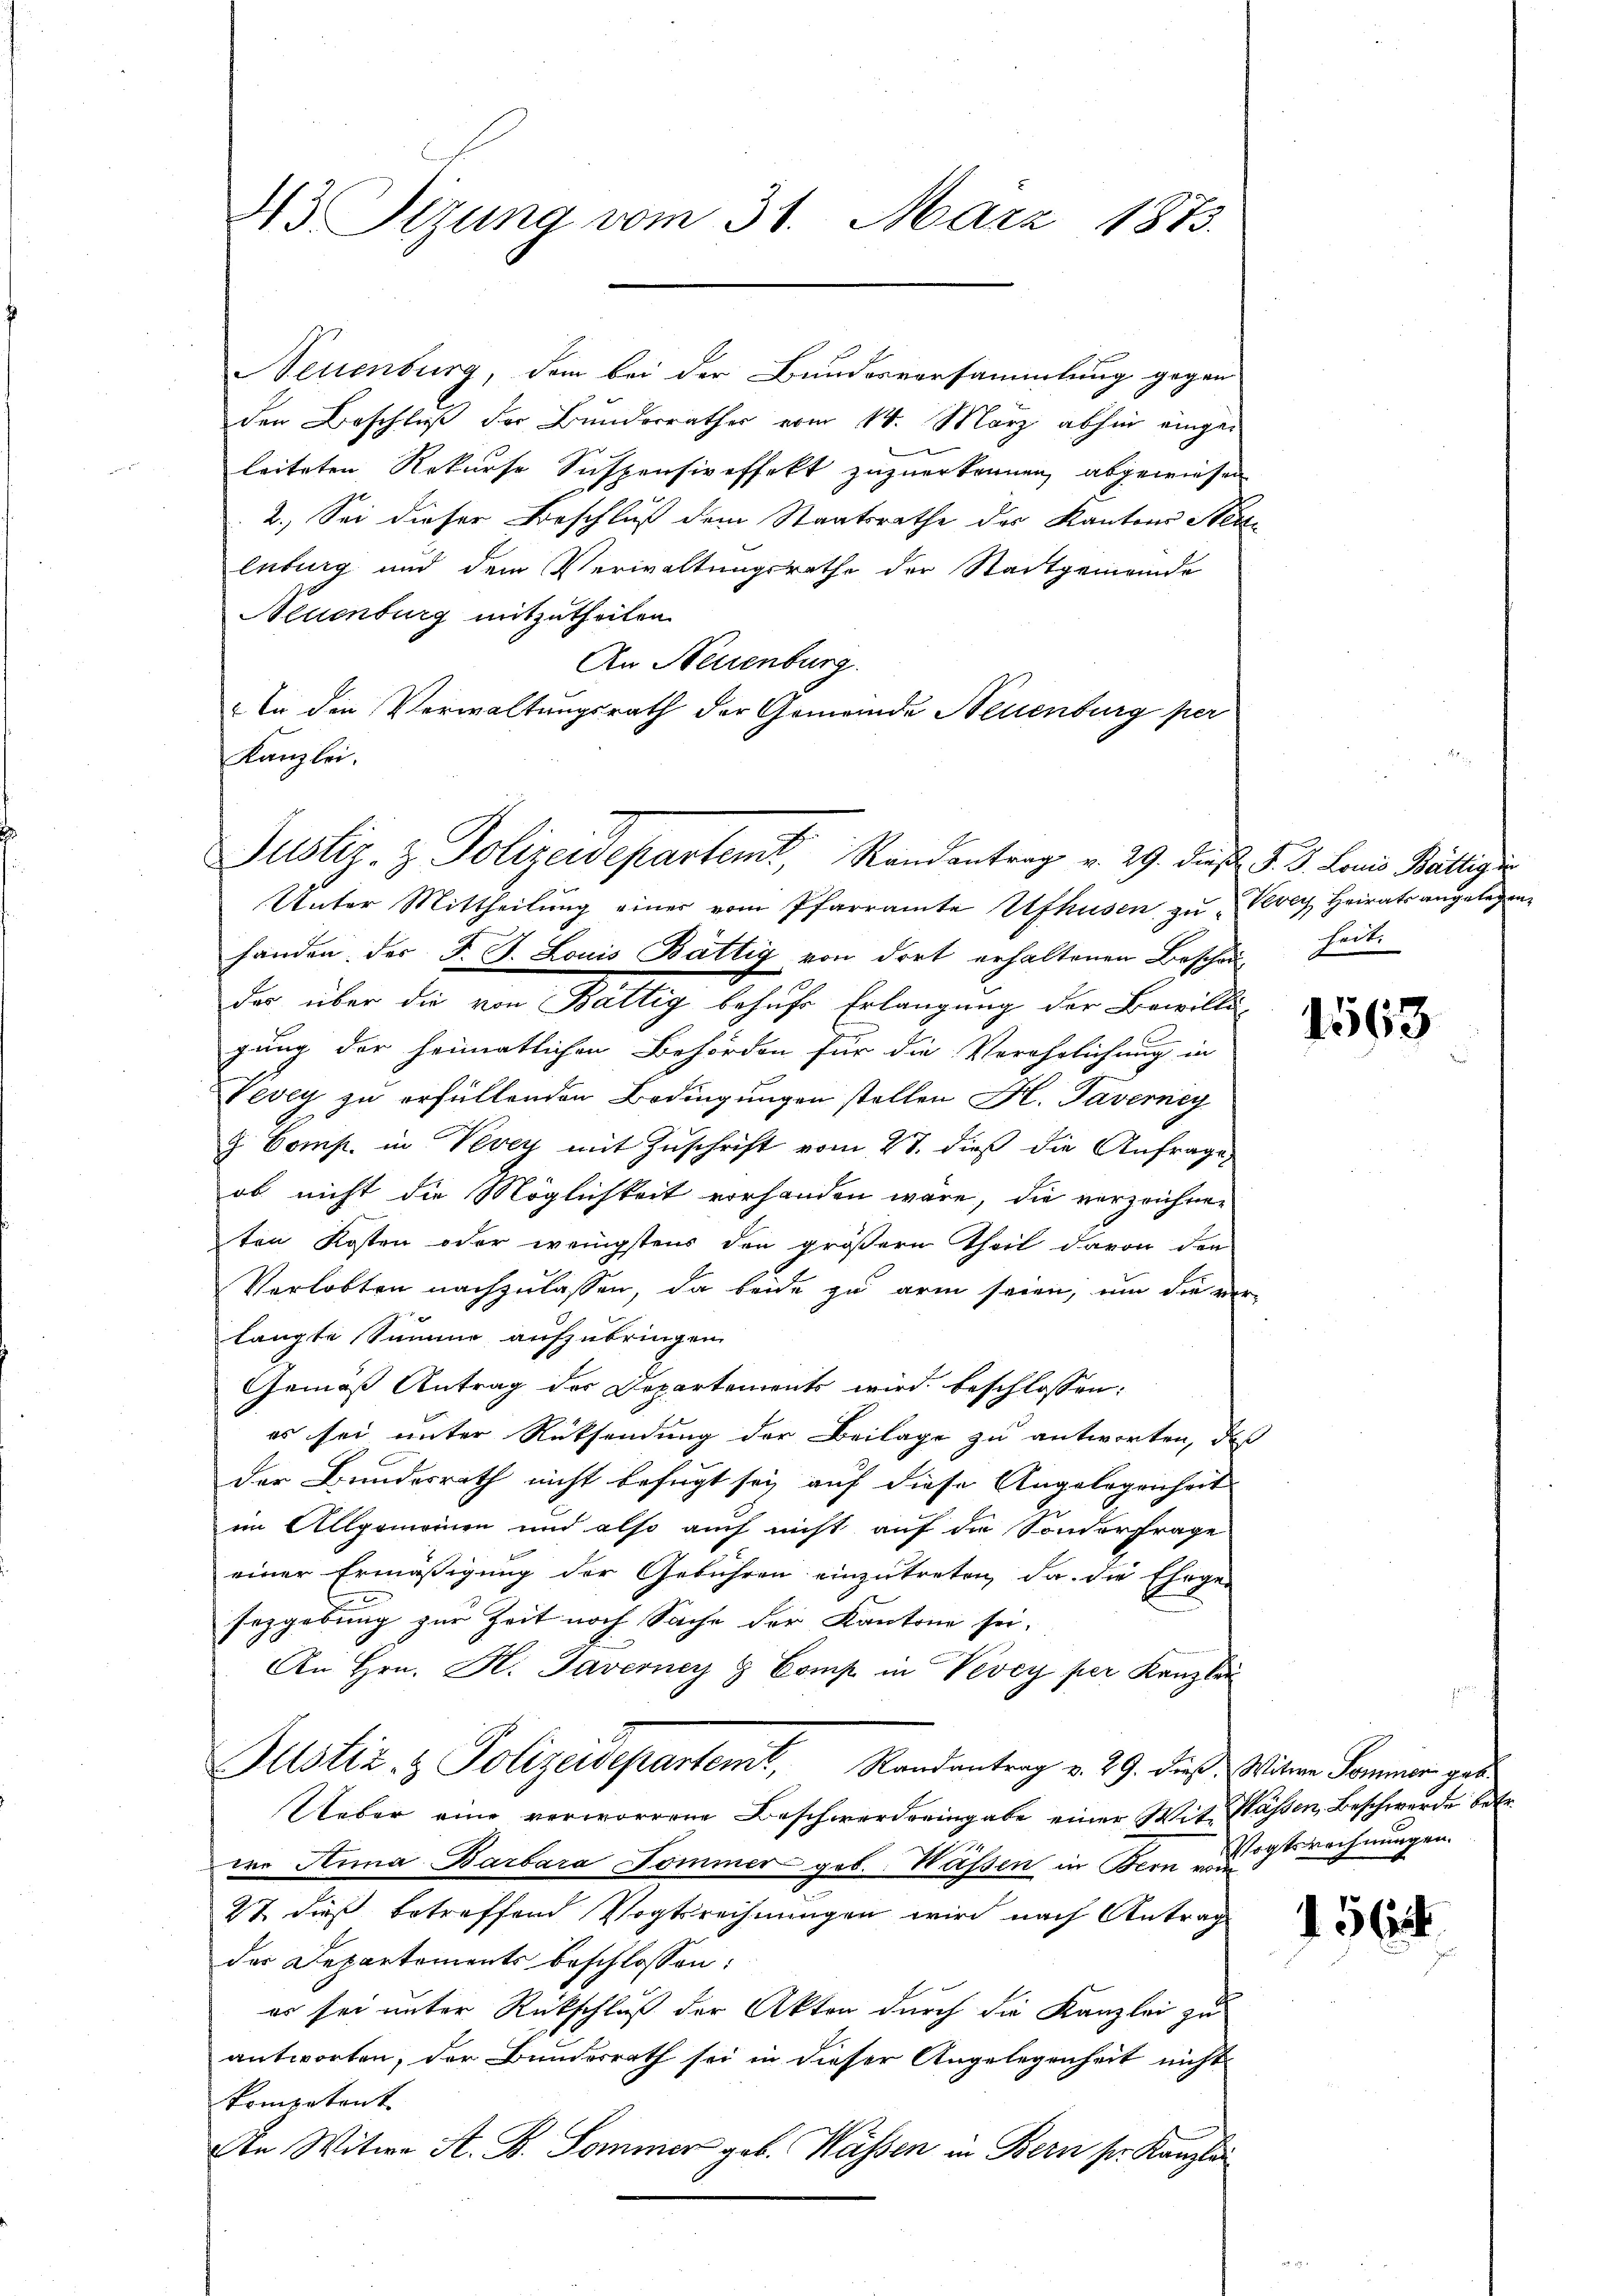
33 Sizung vom 31. März 1873.

NNeuenburg, dem bei der Bundesversammlung gegen
den Beschluß der Bunderrathes vom 14. März abhin eingeleiteten Rekurse Suspensiveffekt zuzuerkennen, abgewiesen
2.) Sei dieser Beschluß dem Staatsrathe des Kantons Steulnburg und dem Verwaltungsrathe der Stadtgemeinde
Altenburg mitzutheilen.
An Neuenburg.
In den Verwaltungsrath der Gemeinde Neuenburg per
Kanzlei.

Justiz- & Polizeidepartent, Randantrag v. 29. dieß §. 3. Lauis Bälliger

Unter Mittheilung einer vom Pfarramte Ufhusen zu Vevey Heirats angelegen
e
handen des J. G. Louis Bättig von dort erhaltenen Beschau heit.
des über die von Bättig behufe Erlangung der Bewilligung der heimatlichen Behörden für die Verehrlichung in
Vevey zu erfüllenden Bedingungen stellen H. Taverneg
G. Comp. in Vevey mit Zuschrift vom 27. dieß die Anfrage
ob nicht die Möglichkeit vorhanden wäre, die verzeichneten Kosten oder wenigstens den größern Theil davon den
Verlobten nachzulassen, da beide zu arm seien, um die verlangte Summe aufzubringen.
Gemäß Antrag des Departements wird beschlossen:
es sei unter Rücksendung der Beilage zu antworten, daß
der Bundesrath nicht befugt sei auf diese Angelegenheit
eim Allgemeinen und also auch nicht auf die Sonderfrage
einer Ermäßigung der Gebühren einzutreten, da die Ehrge-
sezgebung zur Zeit noch Sache der Kantone sei,
An Hrn. H. Taverner & Comp in Vevey per Kanzlei
Justiz- & Polizeidepartemt, Randantrag v. 29. dieß. Witwe Sommer ges
Ueber eine verworrene Beschwerde eingabe einer Wit- Wassen, Beschwerde betr.
ere Anna Barbara Tommer geb. Wassen in Bern Dichtsrechnungen.
27 dieß betreffend Vogtrechnungen wird nach Antrag
der Departements beschlossen:
er sei unter Rückschluß der Akten durch die Kanzlei zu
antworten, der Bundesrath sei in dieser Angelegenheit nicht
kompetent
An Witwe A. B. Sommer geb. Wassen in Bern pr. Kanzlei

1563

156